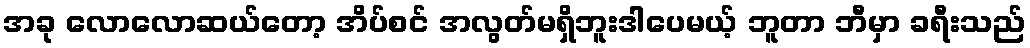
အခု လောလောဆယ်တော့ အိပ်စင် အလွတ်မရှိဘူးဒါပေမယ့် ဘူတာ ဘီမှာ ခရီးသည်